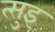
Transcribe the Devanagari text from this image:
त्सुइ